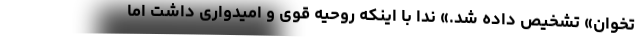
تخوان» تشخیص داده شد.» ندا با اینکه روحیه قوی و امیدواری داشت اما